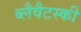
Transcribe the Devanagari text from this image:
ब्लैवैटस्की